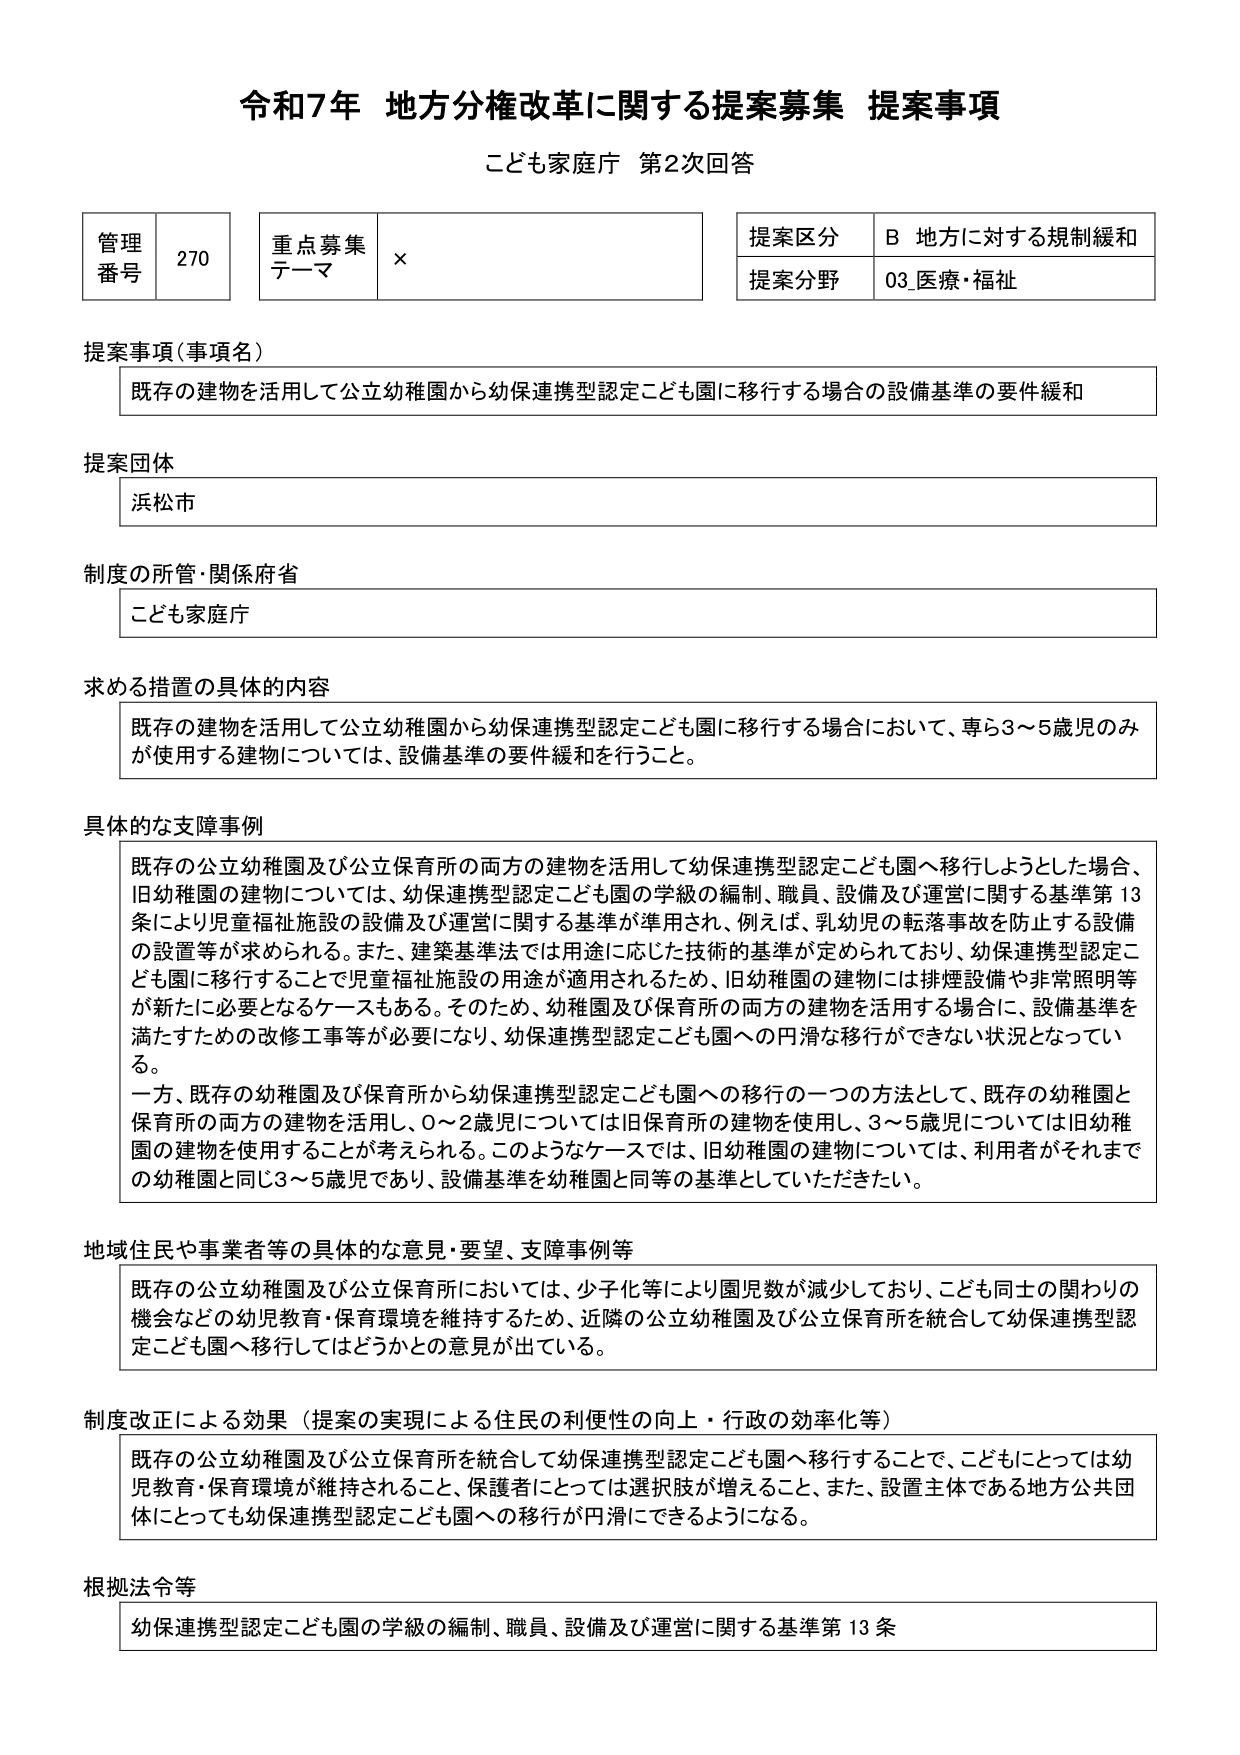
令和7年 地方分権改革に関する提案募集 提案事項
こども家庭庁 第2次回答

管理番号 270
重点募集テーマ ×
提案区分 B 地方に対する規制緩和
提案分野 03_医療・福祉

提案事項（事項名）
既存の建物を活用して公立幼稚園から幼保連携型認定こども園に移行する場合の設備基準の要件緩和

提案団体
浜松市

制度の所管・関係府省
こども家庭庁

求める措置の具体的内容
既存の建物を活用して公立幼稚園から幼保連携型認定こども園に移行する場合において、専ら3～5歳児のみが使用する建物については、設備基準の要件緩和を行うこと。

具体的な支障事例
既存の公立幼稚園及び公立保育所の両方の建物を活用して幼保連携型認定こども園へ移行しようとした場合、旧幼稚園の建物については、幼保連携型認定こども園の学級の編制、職員、設備及び運営に関する基準第13条により児童福祉施設の設備及び運営に関する基準が準用され、例えば、乳幼児の転落事故を防止する設備の設置等が求められる。また、建築基準法では用途に応じた技術的基準が定められており、幼保連携型認定こども園に移行することで児童福祉施設の用途が適用されるため、旧幼稚園の建物には排煙設備や非常照明等が新たに必要となるケースもある。そのため、幼稚園及び保育所の両方の建物を活用する場合に、設備基準を満たすための改修工事等が必要になり、幼保連携型認定こども園への円滑な移行ができない状況となっている。
一方、既存の幼稚園及び保育所から幼保連携型認定こども園への移行の一つの方法として、既存の幼稚園と保育所の両方の建物を活用し、0～2歳児については旧保育所の建物を使用し、3～5歳児については旧幼稚園の建物を使用することが考えられる。このようなケースでは、旧幼稚園の建物については、利用者がそれまでの幼稚園と同じ3～5歳児であり、設備基準を幼稚園と同等の基準としていただきたい。

地域住民や事業者等の具体的な意見・要望、支障事例等
既存の公立幼稚園及び公立保育所においては、少子化等により園児数が減少しており、こども同士の関わりの機会などの幼児教育・保育環境を維持するため、近隣の公立幼稚園及び公立保育所を統合して幼保連携型認定こども園へ移行してはどうかとの意見が出ている。

制度改正による効果（提案の実現による住民の利便性の向上・行政の効率化等）
既存の公立幼稚園及び公立保育所を統合して幼保連携型認定こども園へ移行することで、こどもにとっては幼児教育・保育環境が維持されること、保護者にとっては選択肢が増えること、また、設置主体である地方公共団体にとっても幼保連携型認定こども園への移行が円滑にできるようになる。

根拠法令等
幼保連携型認定こども園の学級の編制、職員、設備及び運営に関する基準第13条